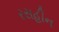
રસહીન